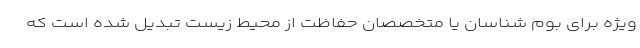
ویژه برای بوم شناسان یا متخصصان حفاظت از محیط زیست تبدیل شده است که